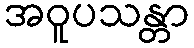
အဝူပသန္တာ